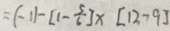
= ( - 1 ) - [ 1 - \frac { 5 } { 6 } ] \times [ 1 2 - 9 ]